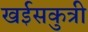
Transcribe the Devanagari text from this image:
खईसकुत्री